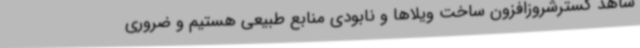
شاهد گسترشروزافزون ساخت ویلاها و نابودی منابع طبیعی هستیم و ضروری